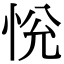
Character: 恱